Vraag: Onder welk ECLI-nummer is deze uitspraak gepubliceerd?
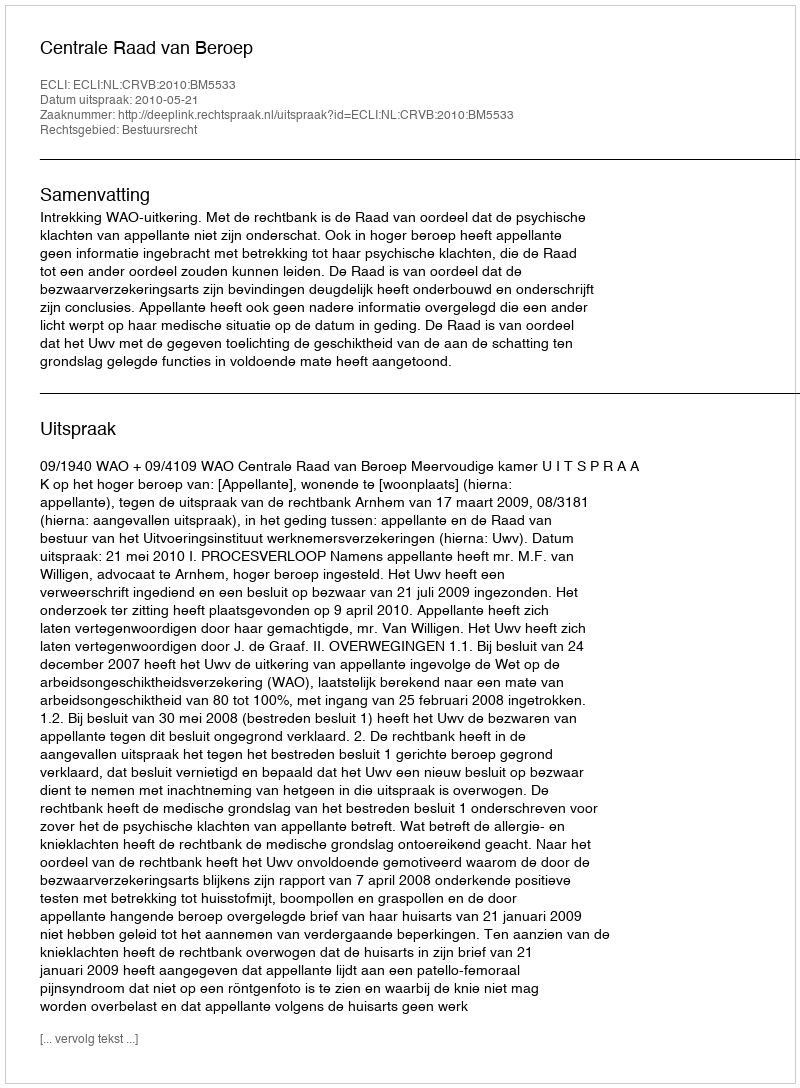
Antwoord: ECLI:NL:CRVB:2010:BM5533